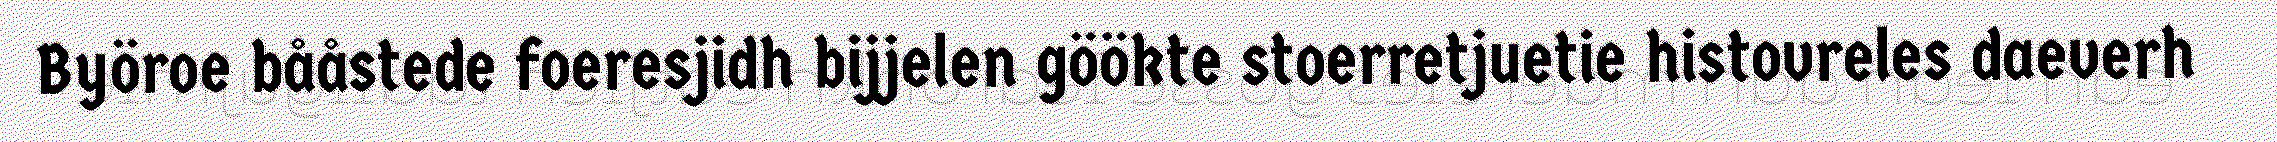
Byöroe bååstede foeresjidh bijjelen göökte stoerretjuetie histovreles daeverh